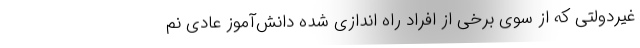
غیردولتی که از سوی برخی از افراد راه اندازی شده دانش‌آموز عادی نم